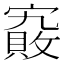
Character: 𡫄